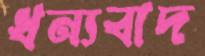
ধন্যবাদ